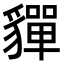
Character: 貚